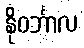
နိုဝင်္ဘာလ